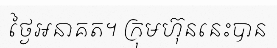
ថ្ងៃអនាគត។ ក្រុមហ៊ុននេះបាន